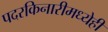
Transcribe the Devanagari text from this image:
पदरकिनारीमध्येही